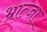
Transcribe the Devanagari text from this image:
भ्रात्जा